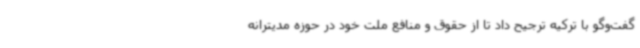
گفت‌وگو با ترکیه ترجیح داد تا از حقوق و منافع ملت خود در حوزه مدیترانه